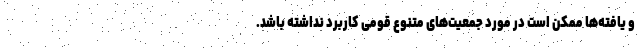
و یافته‌ها ممکن است در مورد جمعیت‌های متنوع قومی کاربرد نداشته باشد.